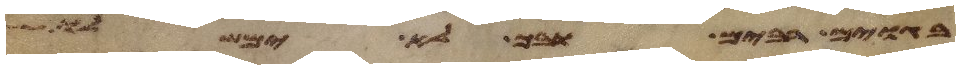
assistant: בגוים רבים ובך לא ימשלו